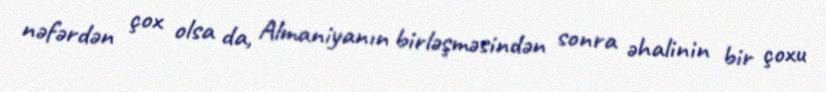
nəfərdən çox olsa da, Almaniyanın birləşməsindən sonra əhalinin bir çoxu